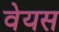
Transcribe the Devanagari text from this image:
वेयस